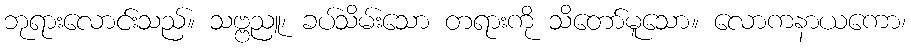
ဘုရားလောင်းသည်။ သဗ္ဗညူ၊ ခပ်သိမ်းသော တရားကို သိတော်မူသော။ လောကနာယကော၊